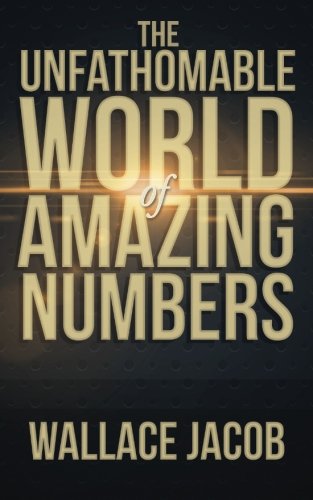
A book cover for The Unfathomable World of Amazing Numbers; Wallace Jacob; Science & Math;